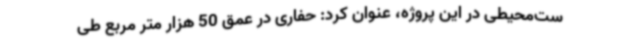
ست‌محیطی در این پروژه، عنوان کرد: حفاری در عمق 50 هزار متر مربع طی